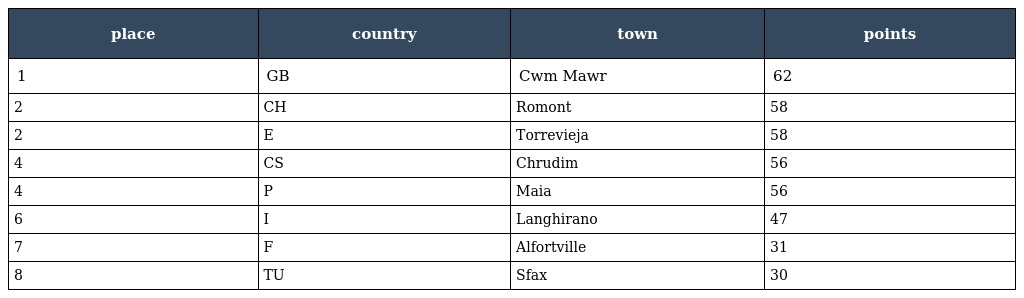
| place | country | town | points |
 | --- | --- | --- | --- |
 | 1 | GB | Cwm Mawr | 62 |
 | 2 | CH | Romont | 58 |
 | 2 | E | Torrevieja | 58 |
 | 4 | CS | Chrudim | 56 |
 | 4 | P | Maia | 56 |
 | 6 | I | Langhirano | 47 |
 | 7 | F | Alfortville | 31 |
 | 8 | TU | Sfax | 30 |